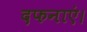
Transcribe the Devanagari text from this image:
दफनाएं।